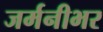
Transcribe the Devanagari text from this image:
जर्मनीभर